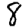
Digit: 8